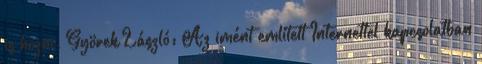
is hozni. Györek László: Az imént említett Internettel kapcsolatban